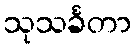
သုသင်္ခတာ